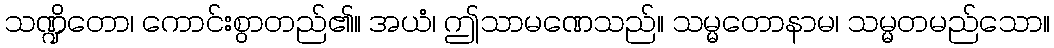
သဏ္ဍိတော၊ ကောင်းစွာတည်၏။ အယံ၊ ဤသာမဏေသည်။ သမ္မတောနာမ၊ သမ္မတမည်သော။